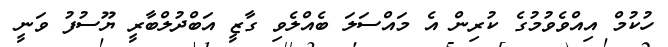
ހުކުމް އިއްވެވުމުގެ ކުރިން އެ މައްސަލަ ބެއްލެވި ގާޒީ އަބްދުލްބާރީ ޔޫސުފު ވަނީ